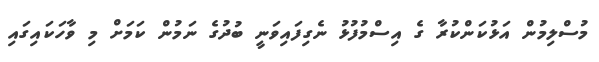
މުސްލިމުން އަޅުކަންކުރާ ގެ އިސްމުފުޅު ނެގިފައިވަނީ ބުދުގެ ނަމުން ކަމަށް މި ވާހަކައިގައި